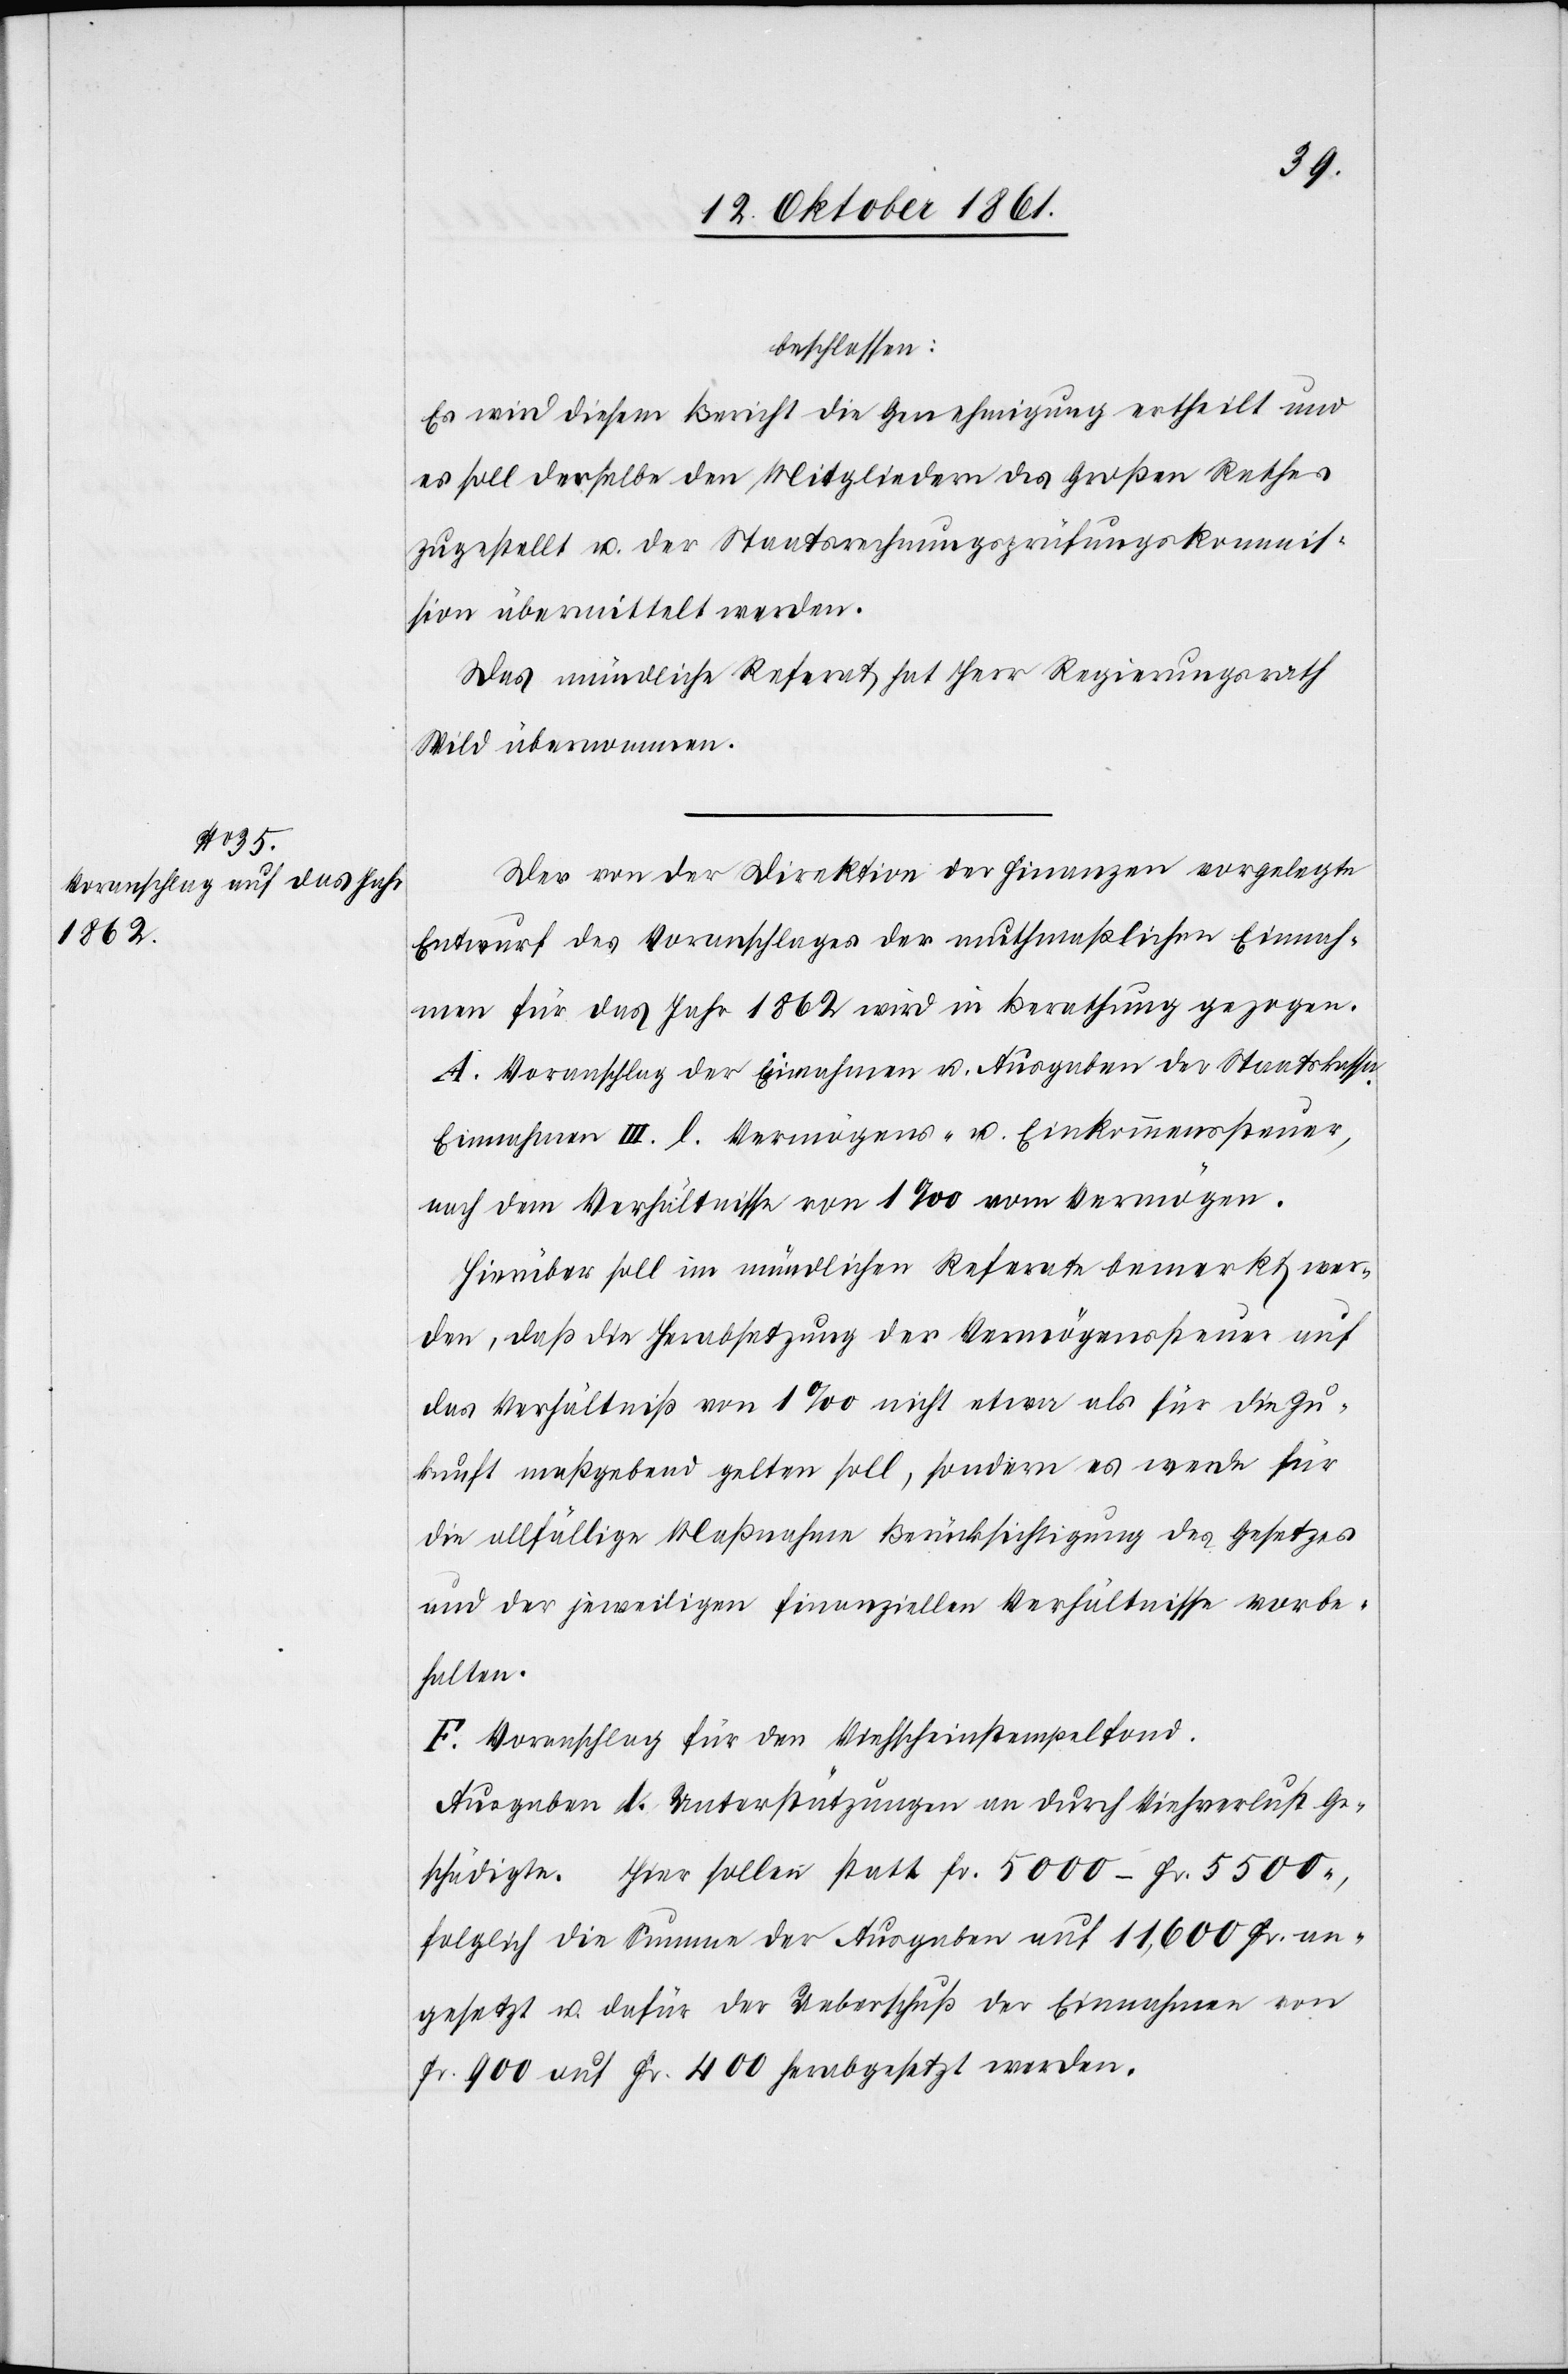
beschlossen:
Es wird diesem Bericht die Genehmigung ertheilt und
es soll derselbe den Mitgliedern des Großen Rathes
zugestellt u. der Staatsrechnungsprüfungskommis¬
sion übermittelt werden.
Das mündliche Referat hat Herr Regierungsrath
Wild übernommen.
Der von der Direktion der Finanzen vorgelegte
Entwurf des Voranschlages der muthmaßlichen Einnah¬
men für das Jahr 1862, wird in Berathung gezogen.
A. Vorschlag der Einnahmen u. Ausgaben der Staatskassa.
Einnahmen III. l. Vermögens- u. Einkommenssteuer,
nach dem Verhältnisse von 1‰ vom Vermögen.
Hierüber soll im mündlichen Referate bemerkt wer¬
den, daß die Herabsetzung der Vermögenssteuer auf
das Verhältniß von 1‰ nicht etwa als für die Zu¬
kunft maßgebend gelten soll, sondern es werde für
die allfällige Maßnahme Berücksichtigung des Gesetzes
und der jeweiligen finanziellen Verhältnisse vorbe¬
halten.
F. Voranschlag für den Viehscheinstempelfond.
Ausgaben 1. Unterstützungen an durch Viehverlust Ge¬
schädigte. Hier sollen statt Fr. 5000–Fr. 5500,
folglich die Summe der Ausgaben auf 11,600 Fr. an¬
gesetzt u. dafür der Ueberschuß der Einnahmen von
Fr. 900 auf Fr. 400 herabgesetzt werden.